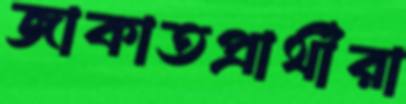
জাকাতপ্রার্থীরা